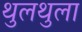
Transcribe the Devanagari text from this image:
थुलथुला